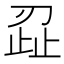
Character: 𭃷